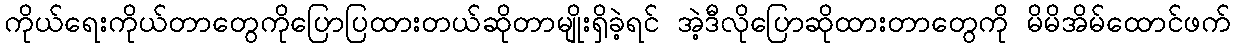
ကိုယ်ရေးကိုယ်တာတွေကိုပြောပြထားတယ်ဆိုတာမျိုးရှိခဲ့ရင် အဲ့ဒီလိုပြောဆိုထားတာတွေကို မိမိအိမ်ထောင်ဖက်